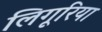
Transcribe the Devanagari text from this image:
लिगूरिया